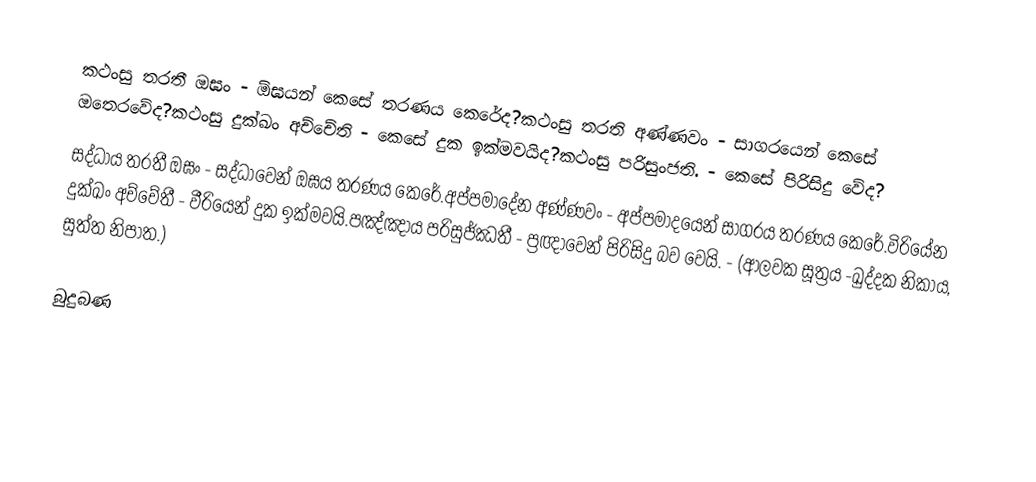
කථංසු තරතී ඔඝං         -          ඕඝයන් කෙසේ තරණය කෙ‍රේද?කථංසු තරති අණ්ණවං  -          සාගරයෙන් කෙසේ ඔතෙරවේද?කථංසු දුක්ඛං අච්චේති   -          කෙසේ දුක ඉක්මවයිද?කථංසු පරිසුංජති.          -          කෙසේ පිරිසිදු වේද?
සද්ධාය තරතී ඔඝං        -           සද්ධාවෙන් ඔඝය තරණය කෙරේ.අප්පමාදේන අණ්ණවං  -           අප්පමාදයෙන් සාගරය තරණය කෙරේ.විරියේන දුක්ඛං අච්චේතී -          වීරියෙන් දුක ඉක්මවයි.පඤ්ඤාය පරිසුජ්ඣතී     -           ප්‍රඥාවෙන් පිරිසිදු බව වෙයි.   -   (ආලවක සූත්‍රය -ඛුද්දක නිකාය, සුත්ත නිපාත.)

බුදුබණ